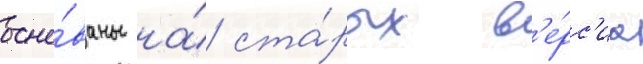
осно́ваны на́ ста́рых в'е́рс'иа